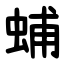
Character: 蜅